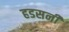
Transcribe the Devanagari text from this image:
हडसनी